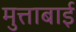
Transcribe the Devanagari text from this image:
मुत्ताबाई